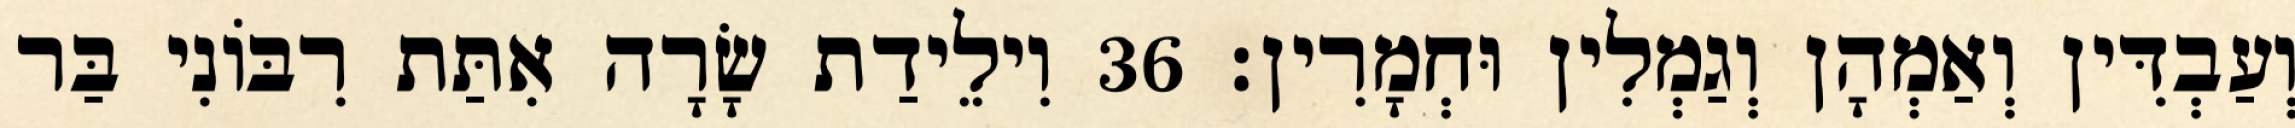
וְעַבְדִּין וְאַמְהָן וְגַמְלִין וּחְמָרִין׃ 36 וִילֵידַת שָׂרָה אִתַּת רִבּוֹנִי בַּר